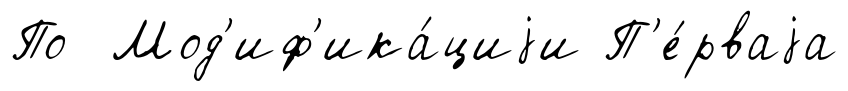
По Мод'иф'ика́циjи П'е́рваjа